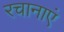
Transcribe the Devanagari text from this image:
रचानाएं